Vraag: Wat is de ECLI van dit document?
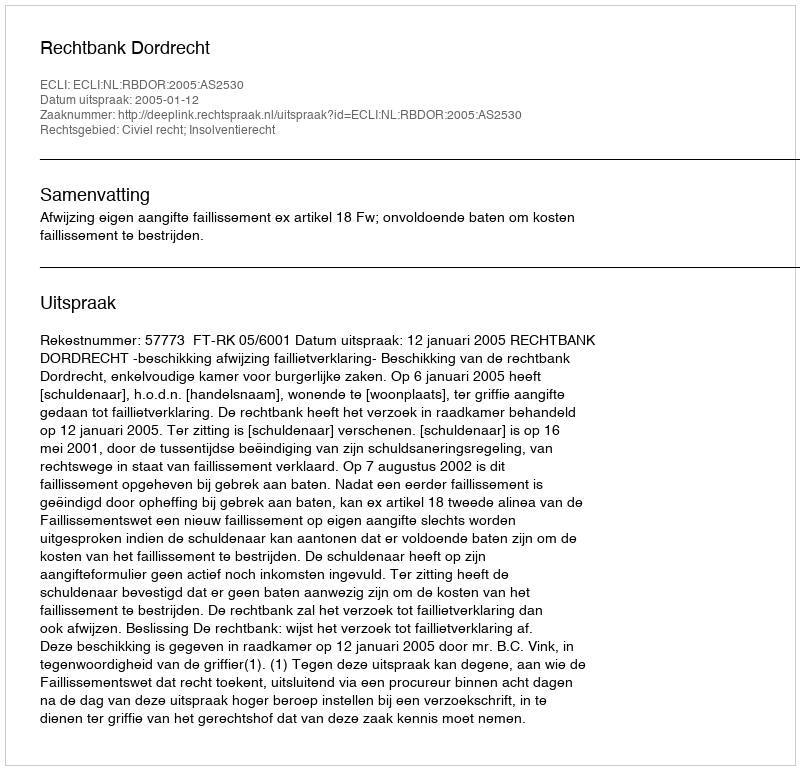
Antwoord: ECLI:NL:RBDOR:2005:AS2530